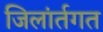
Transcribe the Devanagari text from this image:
जिलांर्तगत